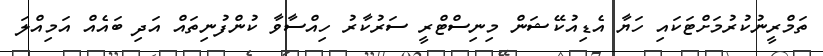
ތަމްރީނުކުރުމަށްޓަކައި ހަޔާ އެޑިއުކޭޝަން މިނިސްޓްރީ ސަރުކާރު ހިއްސާވާ ކުންފުނިތައް އަދި ބައެއް އަމިއްލަ